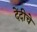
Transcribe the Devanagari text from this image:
देंदीचे